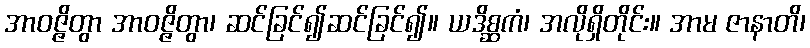
အာဝဇ္ဇိတွာ အာဝဇ္ဇိတွာ၊ ဆင်ခြင်၍ဆင်ခြင်၍။ ယဒိစ္ဆကံ၊ အလိုရှိတိုင်း။ အာမ ဇာနာတိ၊